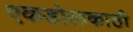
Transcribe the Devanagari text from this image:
एकडोलकाठी